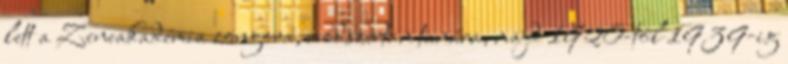
lett a Zeneakadémia zongora, módszertan tanára, majd 1920-tól 1939-ig